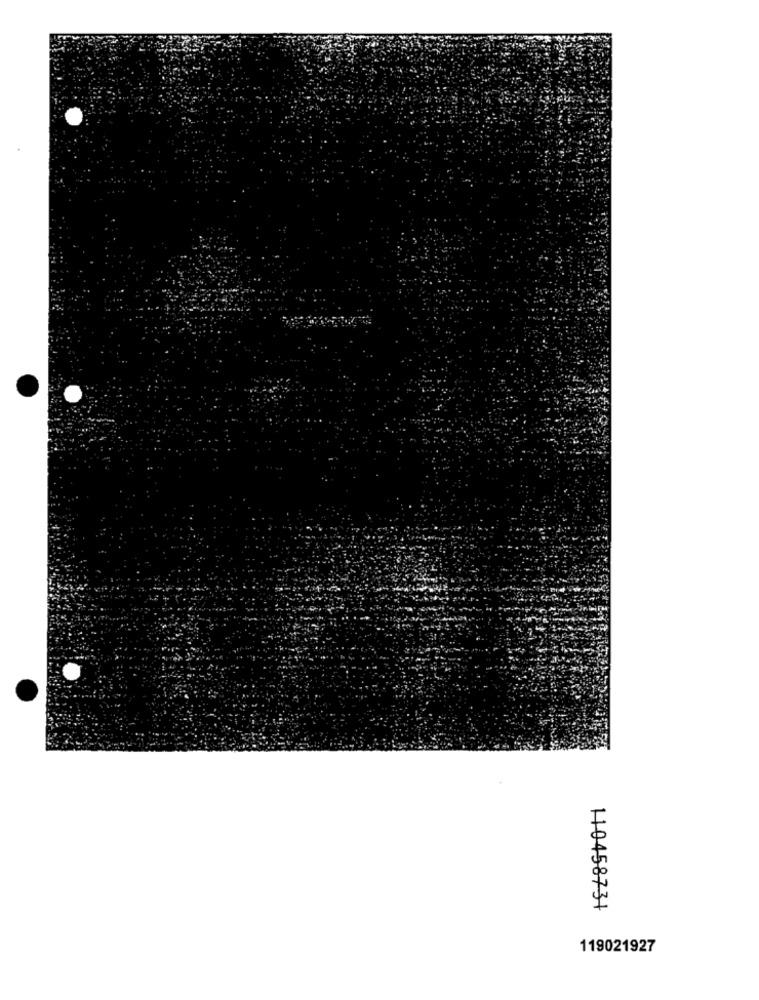
11045873+
119021927